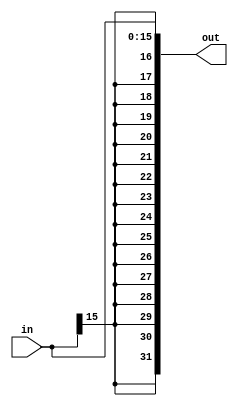
module sign_extend (
  input [15:0] in,
  output [31:0] out
);

  assign out = {{16{in[15]}}, in};

endmodule